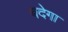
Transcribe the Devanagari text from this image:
बदेगा